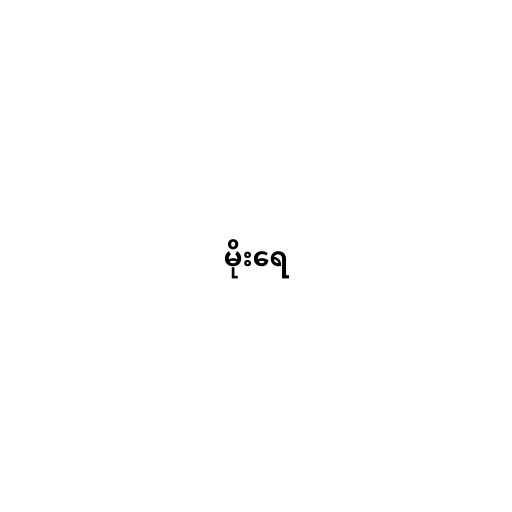
မိုးရေ